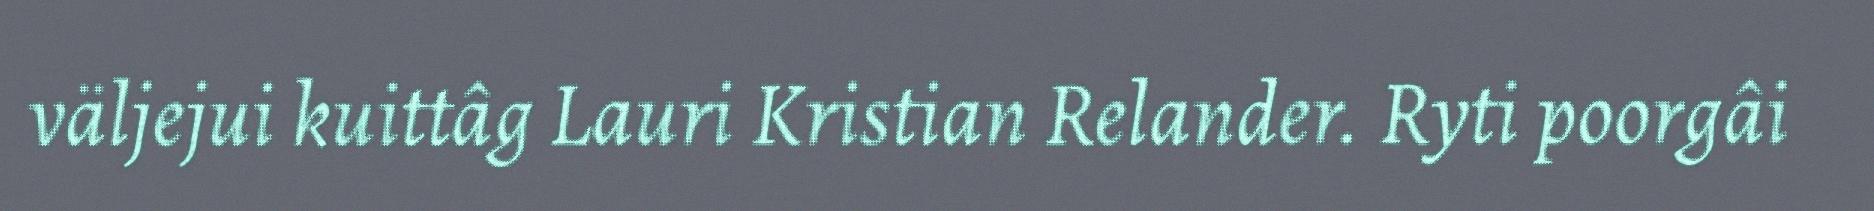
väljejui kuittâg Lauri Kristian Relander. Ryti poorgâi